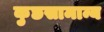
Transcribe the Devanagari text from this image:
कुछसामान्य